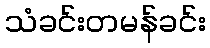
သံခင်းတမန်ခင်း